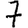
Digit: 7